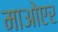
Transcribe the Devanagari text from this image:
माओएर